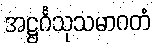
အဋ္ဌင်္ဂသုသမာဂတံ